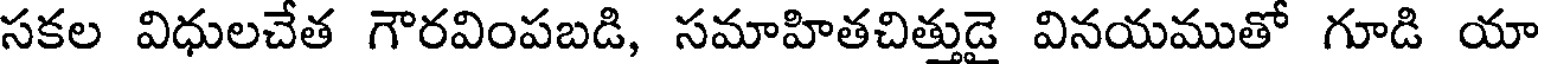
సకల విధులచేత గౌరవింపబడి, సమాహితచిత్తుడై వినయముతో గూడి యా